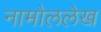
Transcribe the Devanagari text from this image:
नामोललेख